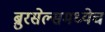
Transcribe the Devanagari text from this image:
ब्रुरसेल्समध्येच